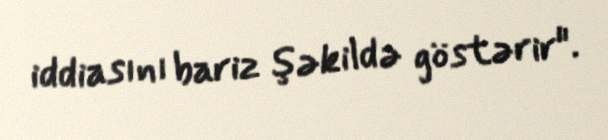
iddiasını bariz şəkildə göstərir".